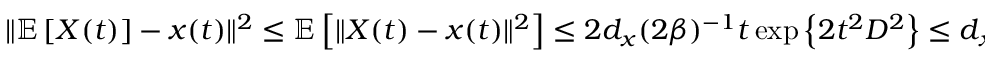
\begin{array} { r } { \Vert \mathbb { E } \left[ X ( t ) \right] - x ( t ) \Vert ^ { 2 } \leq \mathbb { E } \left[ \Vert X ( t ) - x ( t ) \Vert ^ { 2 } \right] \leq 2 d _ { x } ( 2 \beta ) ^ { - 1 } t \exp \left\{ 2 t ^ { 2 } D ^ { 2 } \right\} \le d _ { x } T \exp \left\{ 2 T ^ { 2 } D ^ { 2 } \right\} \beta ^ { - 1 } = C _ { 1 } \beta ^ { - 1 } , } \end{array}